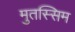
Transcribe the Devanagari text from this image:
मुतस्सिम